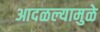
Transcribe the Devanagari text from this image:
आदळल्यामुळे